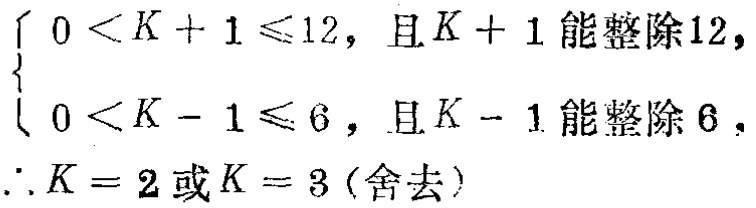
\[
\begin{cases}
0 < K + 1 \leqslant 12，且K + 1能整除12, \\
0 < K - 1 \leqslant 6，且K - 1能整除6,
\end{cases}
\therefore K = 2或K = 3(舍去)
\]